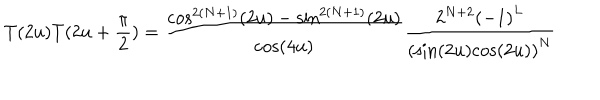
T ( 2 u ) T ( 2 u + \frac { \pi } { 2 } ) = \frac { { \cos } ^ { 2 ( N + 1 ) } ( 2 u ) - { \sin } ^ { 2 ( N + 1 ) } ( 2 u ) } { \cos ( 4 u ) } \frac { 2 ^ { N + 2 } { ( - 1 ) } ^ { L } } { ( { { \sin } ( 2 u ) { \cos } ( 2 u ) ) } ^ { N } }